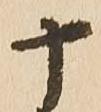
十